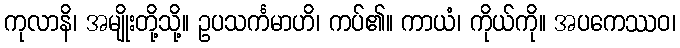
ကုလာနိ၊ အမျိုးတို့သို့။ ဥပသင်္ကမာဟိ၊ ကပ်၏။ ကာယံ၊ ကိုယ်ကို။ အပကေဿဝ၊